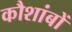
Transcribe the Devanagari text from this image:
कौशांबों